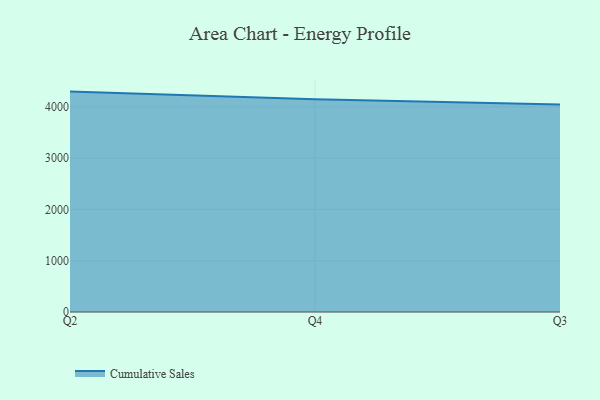
{"axis": {"x": "Quarter", "y": "Satisfaction Score"}, "legend": ["Cumulative Sales"], "data": [{"x": "Q2", "y": 4297.3, "type": "Cumulative Sales"}, {"x": "Q4", "y": 4148.6, "type": "Cumulative Sales"}, {"x": "Q3", "y": 4045.4, "type": "Cumulative Sales"}]}